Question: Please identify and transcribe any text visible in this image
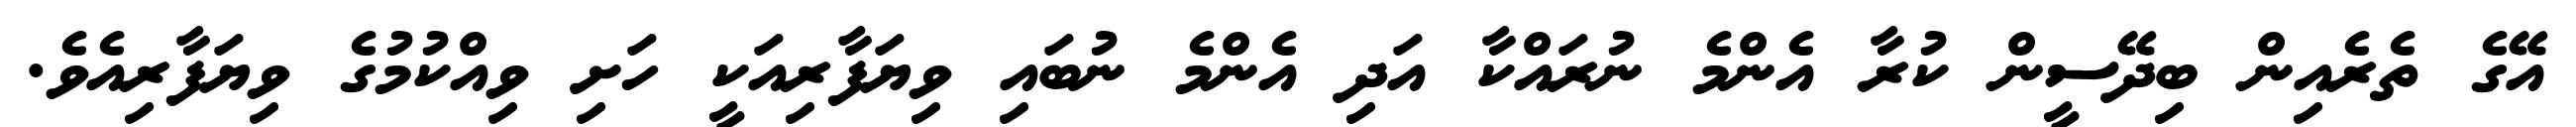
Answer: އޭގެ ތެރެއިން ބިދޭސީން ކުރާ އެންމެ ނުރައްކާ އަދި އެންމެ ނުބައި ވިޔަފާރިއަކީ ހަށި ވިއްކުމުގެ ވިޔަފާރިއެވެ.